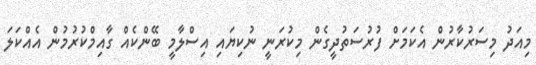
މިއަދު މިސަރުކާރުން އެކަމަށް ފުރުސަތުދީގެން މިކުރަނީ ނުކިޔައި އިސްލާމީ ބޭންކެއް ގާއިމްކުރުމުން އެއްކަލަ